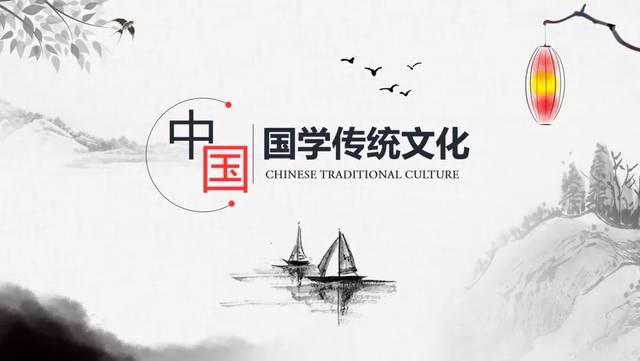
得天下英才而教育之，三乐也！